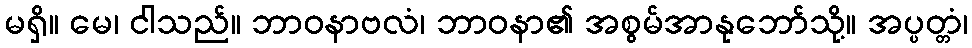
မရှိ။ မေ၊ ငါသည်။ ဘာဝနာဗလံ၊ ဘာဝနာ၏ အစွမ်အာနုဘော်သို့။ အပ္ပတ္တံ၊